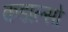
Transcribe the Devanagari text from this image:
कडाल्सो